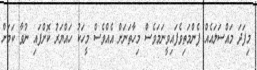
މިފަދަ މައްސަލައެއް ފެންމަތިވެފައިވީނަމަވެސް މިހާތަނަށް އެއްވެސް މީހަކު ހައްޔަރު ކޮށްފައި ނުވާ ކަމަށް